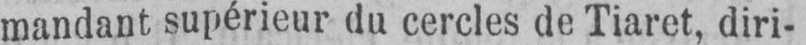
mandant supérieur du cercles de Tiaret, diri-